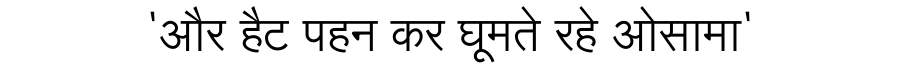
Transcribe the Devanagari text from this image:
'और हैट पहन कर घूमते रहे ओसामा'